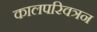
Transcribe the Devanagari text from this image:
कालपरिवत्रन